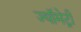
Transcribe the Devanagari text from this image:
ज्यॉमेट्री